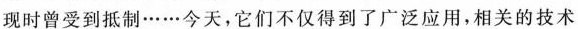
现时曾受到抵制……今天，它们不仅得到了广泛应用，相关的技术